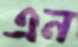
এন